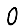
Digit: 0